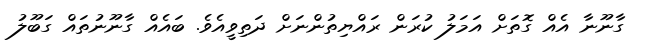
ގާނޫނާ އެއް ގޮތަށް އަމަލު ކުރަން ރައްޔިތުންނަށް ދަތިވީއެވެ. ބައެއް ގާނޫނުތައް ގަބޫލު